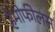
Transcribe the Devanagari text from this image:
हेमोफीलस